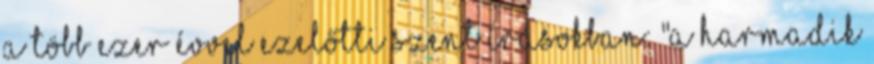
a több ezer évvel ezelőtti szent írásokban: "A harmadik